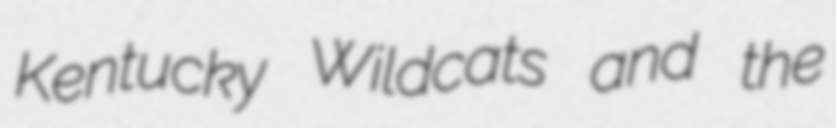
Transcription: Kentucky Wildcats and the